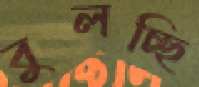
বুলচ্ছি